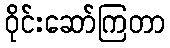
ဝိုင်းဆော်ကြတာ